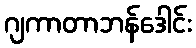
ဂျကာတာဘန်ဒေါင်း